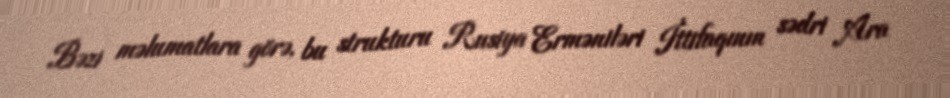
Bəzi məlumatlara görə, bu strukturu Rusiya Erməniləri İttifaqının sədri Ara